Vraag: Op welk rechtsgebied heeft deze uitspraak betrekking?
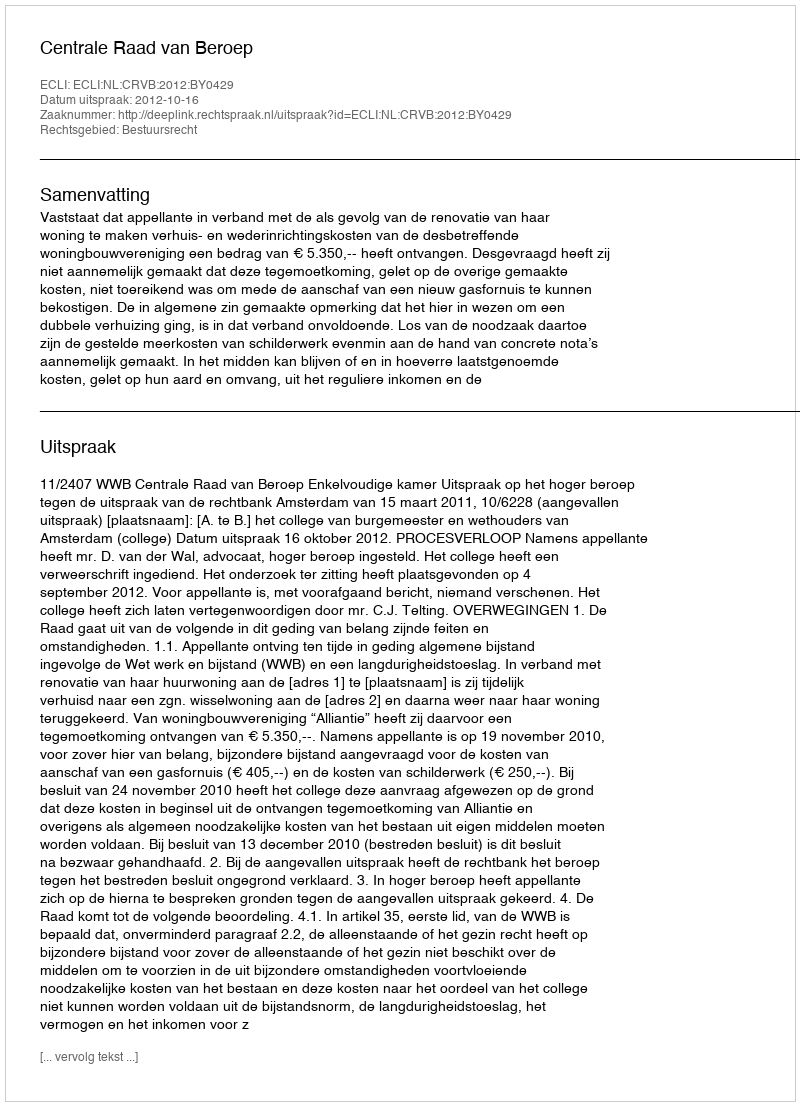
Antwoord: Bestuursrecht